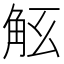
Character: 𧣎